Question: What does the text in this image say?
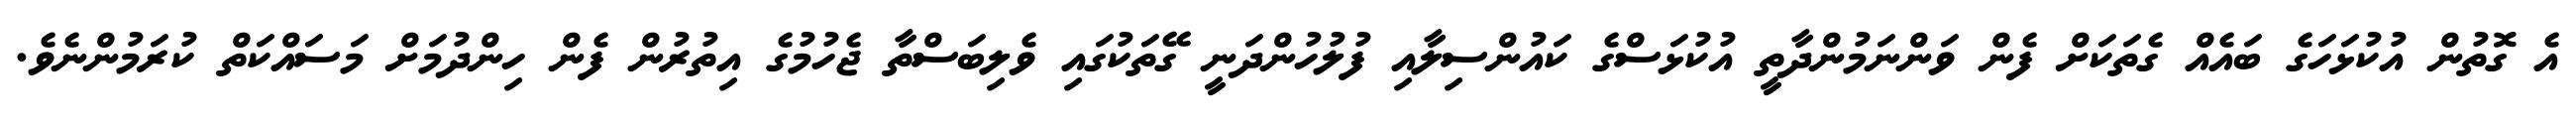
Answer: އެ ގޮތުން އުކުޅަހަގެ ބައެއް ގެތަކަށް ފެން ވަންނަމުންދާތީ އުކުޅަސްގެ ކައުންސިލާއި ފުލުހުންދަނީ ގޭތަކުގައި ވެލިބަސްތާ ޖެހުމުގެ އިތުރުން ފެން ހިންދުމަށް މަސައްކަތް ކުރަމުންނެވެ.